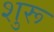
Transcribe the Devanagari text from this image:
शुरू